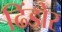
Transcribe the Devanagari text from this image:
ढिंडोर